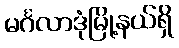
မင်္ဂလာဒုံမြို့နယ်ရှိ